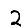
Digit: 2